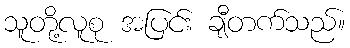
သူတို့လူစု အပြင်း ချီတက်သည်။